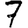
Digit: 7